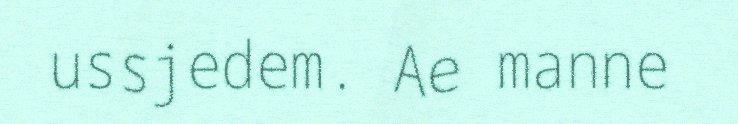
ussjedem. Ae manne